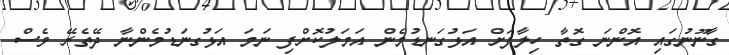
ގާނޫނުގައި އޮންނަ ގޮތާ ހިލާފަށް އަޅުގަނޑުމެން އަމަލުކޮށްފި ނަމަ އަޅުގނަޑުމެންނާ ދޭތެރޭ ވެސް